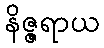
နိဇ္ဇရာယ